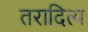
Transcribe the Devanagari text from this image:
तरादित्य